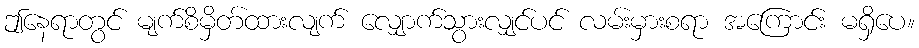
ဤနေရာတွင် မျက်စိမှိတ်ထားလျက် လျှောက်သွားလျှင်ပင် လမ်းမှားစရာ အကြောင်း မရှိပေ။